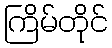
ကြိမ်တိုင်